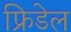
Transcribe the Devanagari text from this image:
फ्रिडेल